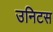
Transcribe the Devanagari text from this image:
उनिटस